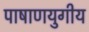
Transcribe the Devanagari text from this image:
पाषाणयुगीय